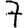
Digit: 7